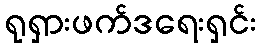
ရုရှားဖက်ဒရေးရှင်း